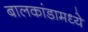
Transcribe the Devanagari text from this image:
बालकांडामध्ये